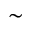
\sim